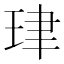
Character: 珒